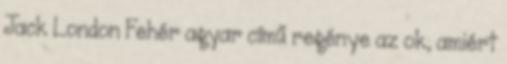
Jack London Fehér agyar című regénye az ok, amiért